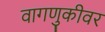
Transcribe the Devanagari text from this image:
वागणुकीवर